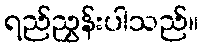
ရည်ညွှန်းပါသည်။